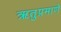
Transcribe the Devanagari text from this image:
ऋतुप्रमाणे